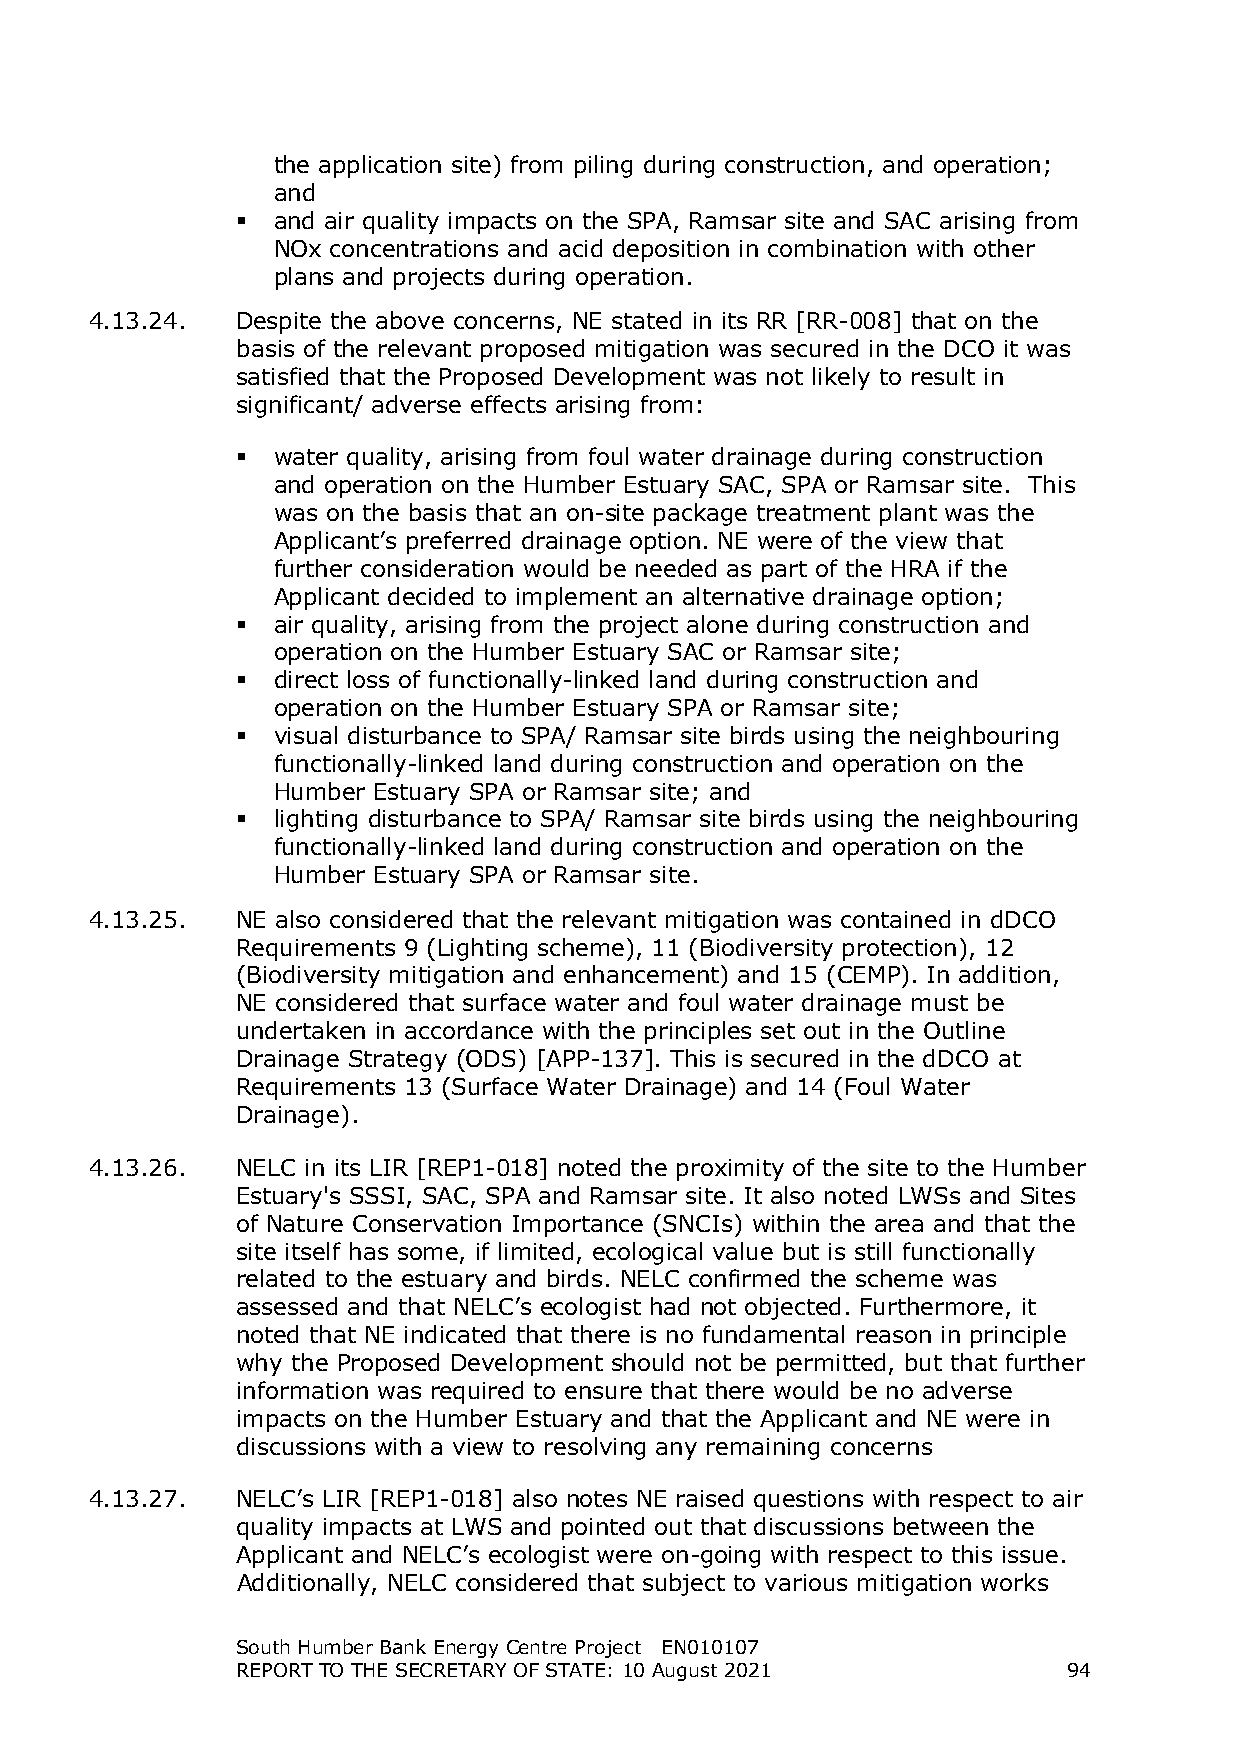
the application site) from piling during construction, and operation;
 and
  and air quality impacts on the SPA, Ramsar site and SAC arising from
 NOx concentrations and acid deposition in combination with other
 plans and projects during operation.
 4.13.24.  Despite the above concerns, NE stated in its RR [RR-008] that on the
 basis of the relevant proposed mitigation was secured in the DCO it was
 satisfied that the Proposed Development was not likely to result in
 significant/ adverse effects arising from:
  water quality, arising from foul water drainage during construction
 and operation on the Humber Estuary SAC, SPA or Ramsar site. This
 was on the basis that an on-site package treatment plant was the
 Applicant’s preferred drainage option. NE were of the view that
 further consideration would be needed as part of the HRA if the
 Applicant decided to implement an alternative drainage option;
  air quality, arising from the project alone during construction and
 operation on the Humber Estuary SAC or Ramsar site;
  direct loss of functionally-linked land during construction and
 operation on the Humber Estuary SPA or Ramsar site;
  visual disturbance to SPA/ Ramsar site birds using the neighbouring
 functionally-linked land during construction and operation on the
 Humber Estuary SPA or Ramsar site; and
  lighting disturbance to SPA/ Ramsar site birds using the neighbouring
 functionally-linked land during construction and operation on the
 Humber Estuary SPA or Ramsar site.
 4.13.25.  NE also considered that the relevant mitigation was contained in dDCO
 Requirements 9 (Lighting scheme), 11 (Biodiversity protection), 12
 (Biodiversity mitigation and enhancement) and 15 (CEMP). In addition,
 NE considered that surface water and foul water drainage must be
 undertaken in accordance with the principles set out in the Outline
 Drainage Strategy (ODS) [APP-137]. This is secured in the dDCO at
 Requirements 13 (Surface Water Drainage) and 14 (Foul Water
 Drainage).
 4.13.26.  NELC in its LIR [REP1-018] noted the proximity of the site to the Humber
 Estuary's SSSI, SAC, SPA and Ramsar site. It also noted LWSs and Sites
 of Nature Conservation Importance (SNCIs) within the area and that the
 site itself has some, if limited, ecological value but is still functionally
 related to the estuary and birds. NELC confirmed the scheme was
 assessed and that NELC’s ecologist had not objected. Furthermore, it
 noted that NE indicated that there is no fundamental reason in principle
 why the Proposed Development should not be permitted, but that further
 information was required to ensure that there would be no adverse
 impacts on the Humber Estuary and that the Applicant and NE were in
 discussions with a view to resolving any remaining concerns
 4.13.27.  NELC’s LIR [REP1-018] also notes NE raised questions with respect to air
 quality impacts at LWS and pointed out that discussions between the
 Applicant and NELC’s ecologist were on-going with respect to this issue.
 Additionally, NELC considered that subject to various mitigation works
 South Humber Bank Energy Centre Project EN010107
 REPORT TO THE SECRETARY OF STATE: 10 August 2021       94